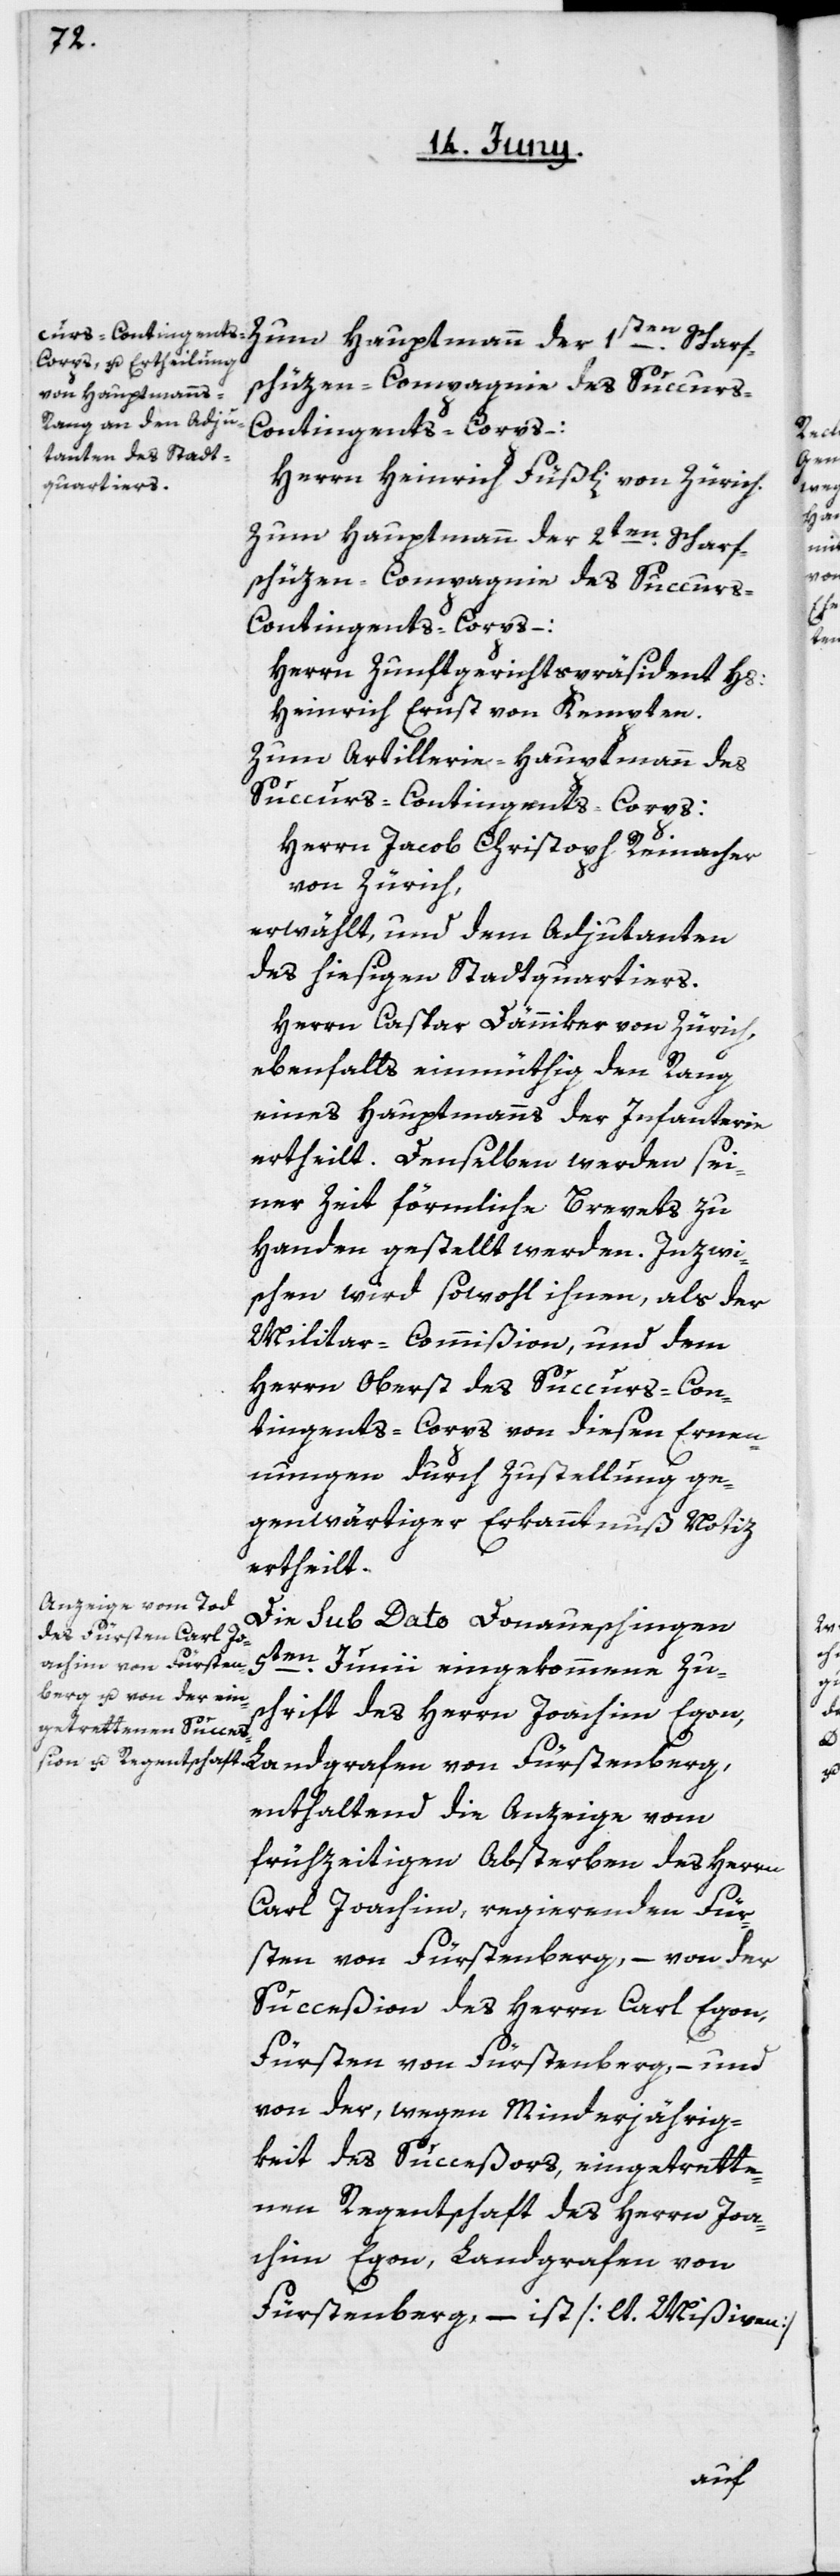
Herrn Heinrich Füßli von Zürich.
Zum Hauptmann der 2ten Scharf¬
schüzen-Compagnie des Succur¬
s-Contingents-Corps:
Herrn Zunftgerichtspräsident Hs:
Heinrich Ernst von Kempten.
Zum Artillerie-Hauptmann des
Succurs-Contingents-Corps:
Herrn Jacob Christoph Reinacher
von Zürich,
erwählt, und dem Adjudanten
des hiesigen Stadtquartiers.
Herrn Caspar Dänniker von Zürich,
ebenfalls einmüthig den Rang
eines Hauptmanns der Infanterie
ertheilt. Denselben werden sei¬
ner Zeit förmliche Brevets zu
Handen gestellt werden. Inzwi¬
schen wird sowohl ihnen, als der
Militar-Commißion, und dem
Herrn Oberst des Succurs-Con¬
tingents-Corps von diesen Ernen¬
nungen durch Zustellung ge¬
genwärtiger Erkanntnuß Notiz
ertheilt.
Die sub Dato Donaueschingen
Landgrafen von Fürstenberg,
5ten Junii eingekommene Zu¬
schrift des Herrn Joachim Egon,
enthaltend die Anzeige vom
frühzeitigen Absterben des Herrn
Carl Joachim, regierenden Für¬
sten von Fürstenberg, – von der
Succeßion des Herrn Carl Egon,
Fürsten von Fürstenberg, – und
von der, wegen Minderjährig¬
keit des Succeßors, eingetrette¬
nen Regentschaft des Herrn Joa¬
chim Egon, Landgrafen von
Fürstenberg, – ist [lt. Mißiven]